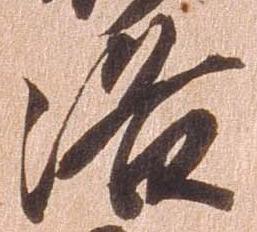
洛